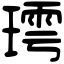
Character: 㻬